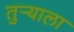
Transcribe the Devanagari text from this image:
तुर्‍याला